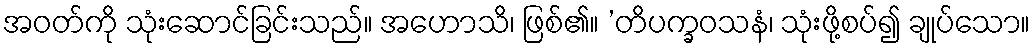
အဝတ်ကို သုံးဆောင်ခြင်းသည်။ အဟောသိ၊ ဖြစ်၏။ ’တိပက္ခဝသနံ၊ သုံးဖို့စပ်၍ ချုပ်သော။